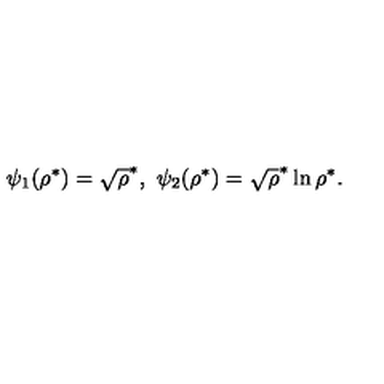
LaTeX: \psi _ { 1 } ( \rho ^ { * } ) = \sqrt \rho ^ { * } , \ \psi _ { 2 } ( \rho ^ { * } ) = \sqrt \rho ^ { * } \ln \rho ^ { * } .